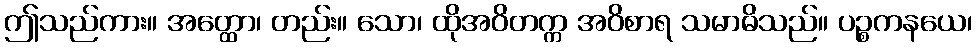
ဤသည်ကား။ အတ္ထော၊ တည်း။ သော၊ ထိုအဝိတက္က အဝိစာရ သမာဓိသည်။ ပဉ္စကနယေ၊